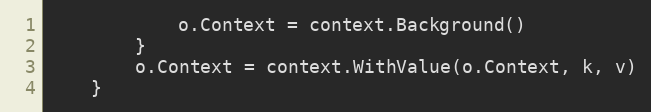
Language: Go
			o.Context = context.Background()
		}
		o.Context = context.WithValue(o.Context, k, v)
	}